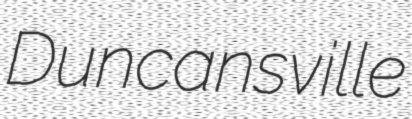
Duncansville